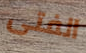
الفتى